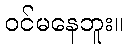
ဝင်မနေဘူး။